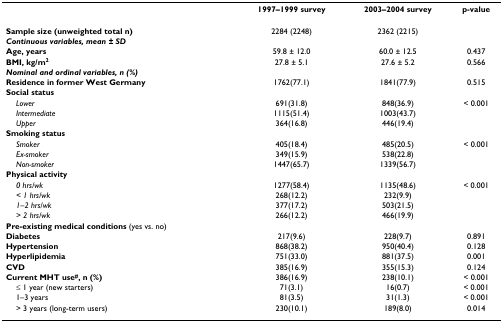
<table><thead><tr><td></td><td><b>1997–1999 survey</b></td><td><b>2003–2004 survey</b></td><td><b>p-value</b></td></tr></thead><tbody><tr><td><b>Sample size (unweighted total n)</b></td><td>2284 (2248)</td><td>2362 (2215)</td><td></td></tr><tr><td><b><i>Continuous variables, mean ± SD</i></b></td><td></td><td></td><td></td></tr><tr><td><b>Age, years</b></td><td>59.8 ± 12.0</td><td>60.0 ± 12.5</td><td>0.437</td></tr><tr><td><b>BMI, kg/m<sup>2</sup></b></td><td>27.8 ± 5.1</td><td>27.6 ± 5.2</td><td>0.566</td></tr><tr><td><b><i>Nominal and ordinal variables, n (%)</i></b></td><td></td><td></td><td></td></tr><tr><td><b>Residence in former West Germany</b></td><td>1762(77.1)</td><td>1841(77.9)</td><td>0.515</td></tr><tr><td><b>Social status</b></td><td></td><td></td><td></td></tr><tr><td> <i>Lower</i></td><td>691(31.8)</td><td>848(36.9)</td><td>&lt; 0.001</td></tr><tr><td> <i>Intermediate</i></td><td>1115(51.4)</td><td>1003(43.7)</td><td></td></tr><tr><td> <i>Upper</i></td><td>364(16.8)</td><td>446(19.4)</td><td></td></tr><tr><td><b>Smoking status</b></td><td></td><td></td><td></td></tr><tr><td> <i>Smoker</i></td><td>405(18.4)</td><td>485(20.5)</td><td>&lt; 0.001</td></tr><tr><td> <i>Ex-smoker</i></td><td>349(15.9)</td><td>538(22.8)</td><td></td></tr><tr><td> <i>Non-smoker</i></td><td>1447(65.7)</td><td>1339(56.7)</td><td></td></tr><tr><td><b>Physical activity</b></td><td></td><td></td><td></td></tr><tr><td> <i>0 hrs/wk</i></td><td>1277(58.4)</td><td>1135(48.6)</td><td>&lt; 0.001</td></tr><tr><td> <i>&lt; 1 hrs/wk</i></td><td>268(12.2)</td><td>232(9.9)</td><td></td></tr><tr><td> <i>1–2 hrs/wk</i></td><td>377(17.2)</td><td>503(21.5)</td><td></td></tr><tr><td> <i>&gt; 2 hrs/wk</i></td><td>266(12.2)</td><td>466(19.9)</td><td></td></tr><tr><td><b>Pre-existing medical conditions </b>(yes vs. no)</td><td></td><td></td><td></td></tr><tr><td><b>Diabetes</b></td><td>217(9.6)</td><td>228(9.7)</td><td>0.891</td></tr><tr><td><b>Hypertension</b></td><td>868(38.2)</td><td>950(40.4)</td><td>0.128</td></tr><tr><td><b>Hyperlipidemia</b></td><td>751(33.0)</td><td>881(37.5)</td><td>0.001</td></tr><tr><td><b>CVD</b></td><td>385(16.9)</td><td>355(15.3)</td><td>0.124</td></tr><tr><td><b>Current MHT use<sup>#</sup>, n (%)</b></td><td>386(16.9)</td><td>238(10.1)</td><td>&lt; 0.001</td></tr><tr><td> ≤ 1 year (new starters)</td><td>71(3.1)</td><td>16(0.7)</td><td>&lt; 0.001</td></tr><tr><td> 1–3 years</td><td>81(3.5)</td><td>31(1.3)</td><td>&lt; 0.001</td></tr><tr><td> &gt; 3 years (long-term users)</td><td>230(10.1)</td><td>189(8.0)</td><td>0.014</td></tr></tbody></table>